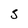
Character: 5